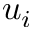
u _ { i }